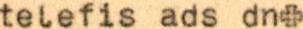
telefis ads dn+